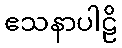
ဧသနာပါဠိ